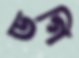
ডগি